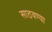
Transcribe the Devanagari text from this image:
साठवण्या